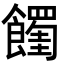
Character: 𩟉